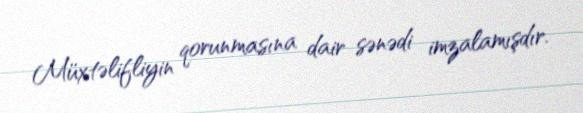
Müxtəlifliyin qorunmasına dair sənədi imzalamışdır.